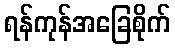
ရန်ကုန်အခြေစိုက်